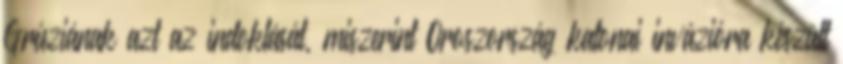
Grúziának azt az indoklását, miszerint Oroszország katonai invázióra készült